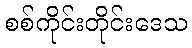
စစ်ကိုင်းတိုင်းဒေသ